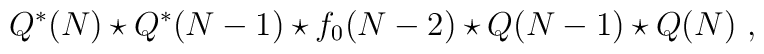
Q^*(N) \star Q^*(N-1) \star f_0(N-2)\star Q(N-1)\star Q(N)~,